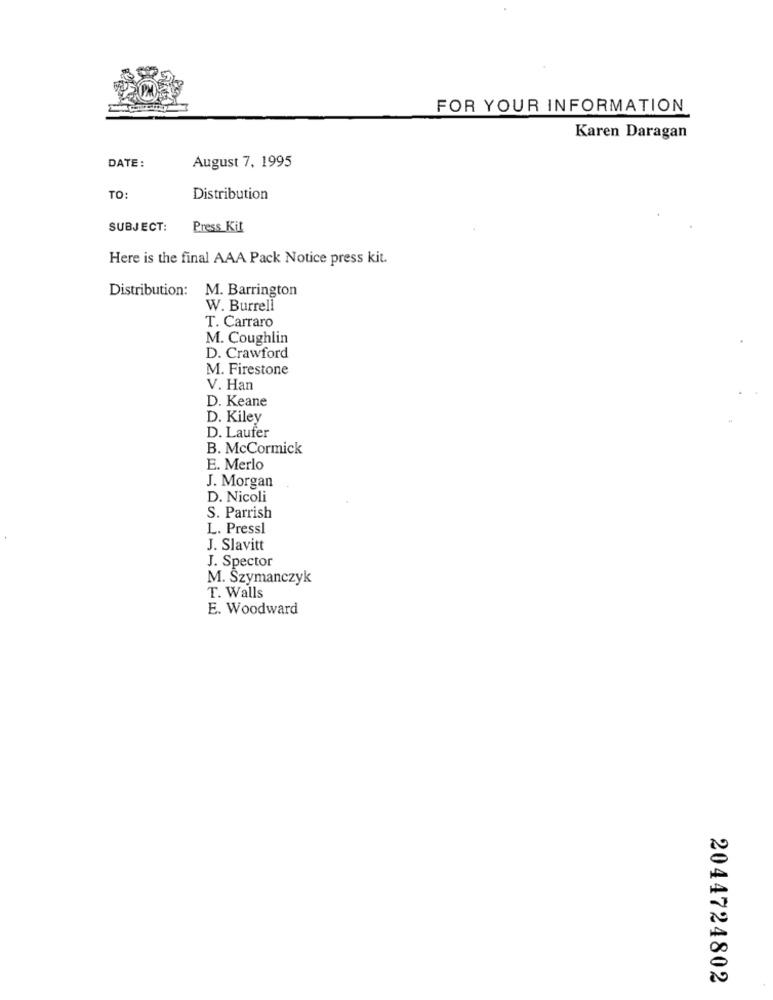
FOR YOUR INFORMATION
Karen Daragan
DATE:
August 7, 1995
TO:
Distribution
SUBJECT:
Press Kit
Here is the final AAA Pack Notice press kit.
Distribution:
M. Barrington
W. Burrell
T. Carraro
M. Coughlin
D. Crawford
M. Firestone
V. Han
D. Keane
D. Kiley
D. Laufer
B. McCormick
E. Merlo
J. Morgan
D. Nicoli
S. Parrish
L. Pressl
J. Slavitt
J. Spector
M. Szymanczyk
T. Walls
E. Woodward
2044724802